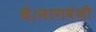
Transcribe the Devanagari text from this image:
थे।नागवंशी